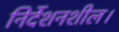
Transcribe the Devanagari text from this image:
निर्देशनशील।